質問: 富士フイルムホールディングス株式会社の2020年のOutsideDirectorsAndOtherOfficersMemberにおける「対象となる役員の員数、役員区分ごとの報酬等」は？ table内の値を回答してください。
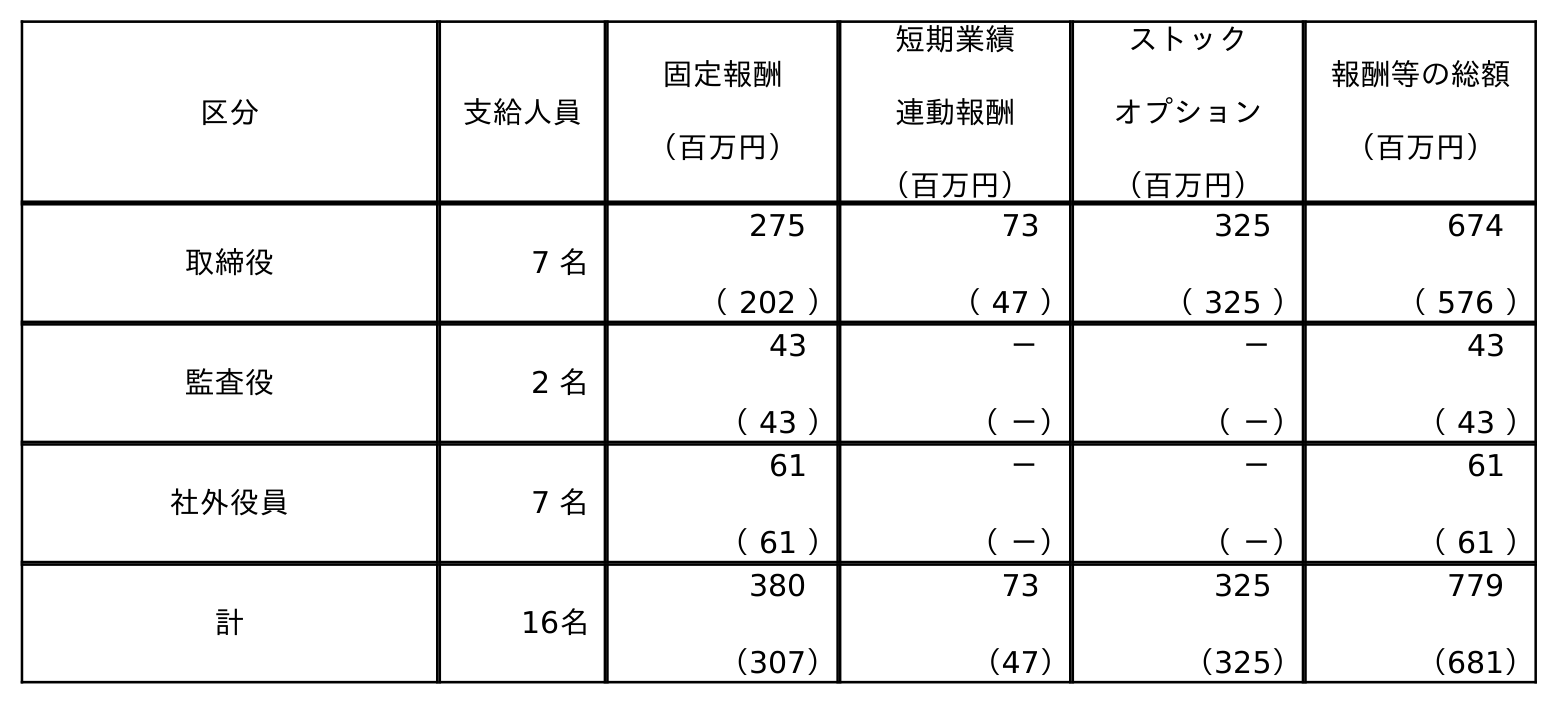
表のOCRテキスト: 区分 支給人員 固定報酬 （百万円） 短期業績 連動報酬 （百万円） ストック オプション （百万円） 報酬等の総額 （百万円） 取締役 7 名 275 （ 202 ） 73 （ 47 ） 325 （ 325 ） 674 （ 576 ） 監査役 2 名 43 （ 43 ） － （ －） － （ －） 43 （ 43 ） 社外役員 7 名 61 （ 61 ） － （ －） － （ －） 61 （ 61 ） 計 16名 380 （307） 73 （47） 325 （325） 779 （681）
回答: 7名